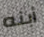
أبنه